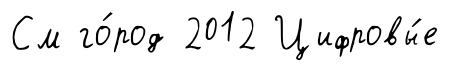
См го́род 2012 Цифровы́е